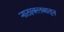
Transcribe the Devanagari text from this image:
नाट्यक्लबातून